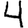
Digit: 4